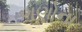
ગણોના